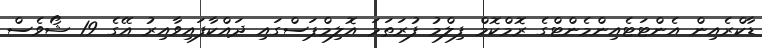
ޑާކްރެއިން އެންޓަޓެއިންމެންޓްގެ ރޮމްކޮމް ފިލްމު ފުރަތަމަ އޮލިމްޕަސްގައި ދައްކާފައިވާއިރު އޭގެ 19 ޝޯވެސް